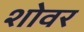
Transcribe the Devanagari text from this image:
शोवर